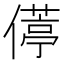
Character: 𫣦